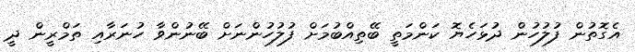
އެގޮތުން ފުލުހުން ދުޅަހެޔޮ ކަންމަތީ ބޭތިއްބުމަށް ފުލުހުންނަށް ބޭނުންވާ ހުނަރާއި ތަމްރީން ދީ